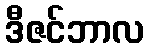
ဒီဇင်ဘာလ